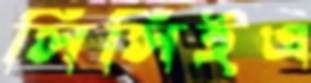
সিসিইএ